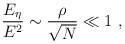
\begin{align*}\frac{E_{\eta}}{E^{2}} \sim \frac{\rho}{\sqrt{N}} \ll 1\ ,\end{align*}